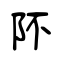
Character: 阫